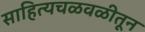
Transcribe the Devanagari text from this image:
साहित्यचळवळीतून